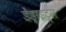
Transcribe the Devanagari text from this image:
डेंड्राइट्स